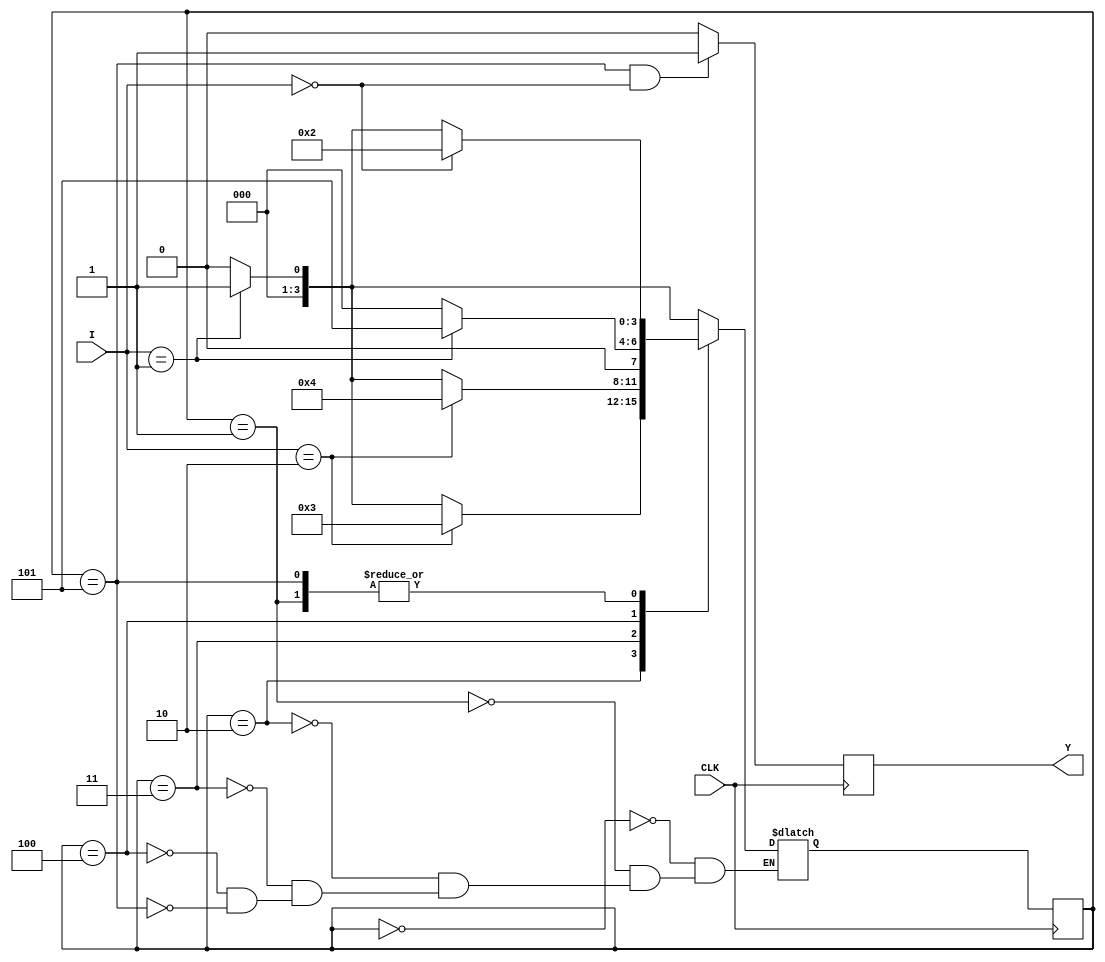
// SB : Task 1 B : Finite State Machine
/*
Instructions
-------------------
Students are not allowed to make any changes in the Module declaration.
This file is used to design a Finite State Machine.

Recommended Quartus Version : 19.1
The submitted project file must be 19.1 compatible as the evaluation will be done on Quartus Prime Lite 19.1.

Warning: The error due to compatibility will not be entertained.
			Do not make any changes to Test_Bench_Vector.txt file. Violating will result into Disqualification.
-------------------
*/

//Finite State Machine design
//Inputs  : I (4 bit) and CLK (clock)
//Output  : Y (Y = 1 when 102210 sequence(decimal number sequence) is detected)

//////////////////DO NOT MAKE ANY CHANGES IN MODULE//////////////////
module fsm(
	input CLK,			  //Clock
	input [3:0]I,       //INPUT I
	output	  Y		  //OUTPUT Y
);

reg Y1 = 0;
assign Y = Y1;


////////////////////////WRITE YOUR CODE FROM HERE//////////////////// 
// define 6 states as we need to identify 102210
parameter s0 = 4'd0,
			 s1 = 4'd1,
			 s2 = 4'd2,
			 s3 = 4'd3,
			 s4 = 4'd4,
			 s5 = 4'd5;

// inititate state
reg [3:0] state = s0, next_state;

always @ (posedge CLK) begin
	state <= next_state;
end

always @ (state, I) begin
	// apply switch case on current state
	case (state)
		s0: begin
			if (I == 4'd1) next_state = s1;
			else next_state = s0;
		end
		s1: begin
			if (I == 4'd0) next_state = s2;
			else
				if (I == 4'd1) next_state = s1;
				else next_state = s0;
		end
		s2: begin
			if (I == 4'd2) next_state = s3;
			else
				if (I == 4'd1) next_state = s1;
				else next_state = s0;
		end
		s3: begin
			if (I == 4'd2) next_state = s4;
			else
				if (I == 4'd1) next_state = s1;
				else next_state = s0;
		end
		s4: begin
			if (I == 4'd1) next_state = s5;
			else
				next_state = s0;
		end
		s5: begin
			if (I == 4'd0) next_state = s2;
			else
				if (I == 4'd1) next_state = s1;
				else next_state = s0;
		end
	endcase
end

always @ (posedge CLK) begin
	// assign value to output
	Y1 <= (state == s5 && I == 4'd0) ? 1'b1 : 1'b0;
end

// Tip : Write your code such that Quartus Generates a State Machine 
//			(Tools > Netlist Viewers > State Machine Viewer).
// 		For doing so, you will have to properly declare State Variables of the
//       State Machine and also perform State Assignments correctly.
//			Use Verilog case statement to design.
	
	

////////////////////////YOUR CODE ENDS HERE//////////////////////////
endmodule
///////////////////////////////MODULE ENDS///////////////////////////